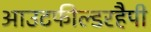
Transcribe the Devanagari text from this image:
आउटफील्डरहैपी